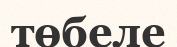
төбеле